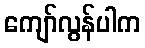
ကျော်လွန်ပါက